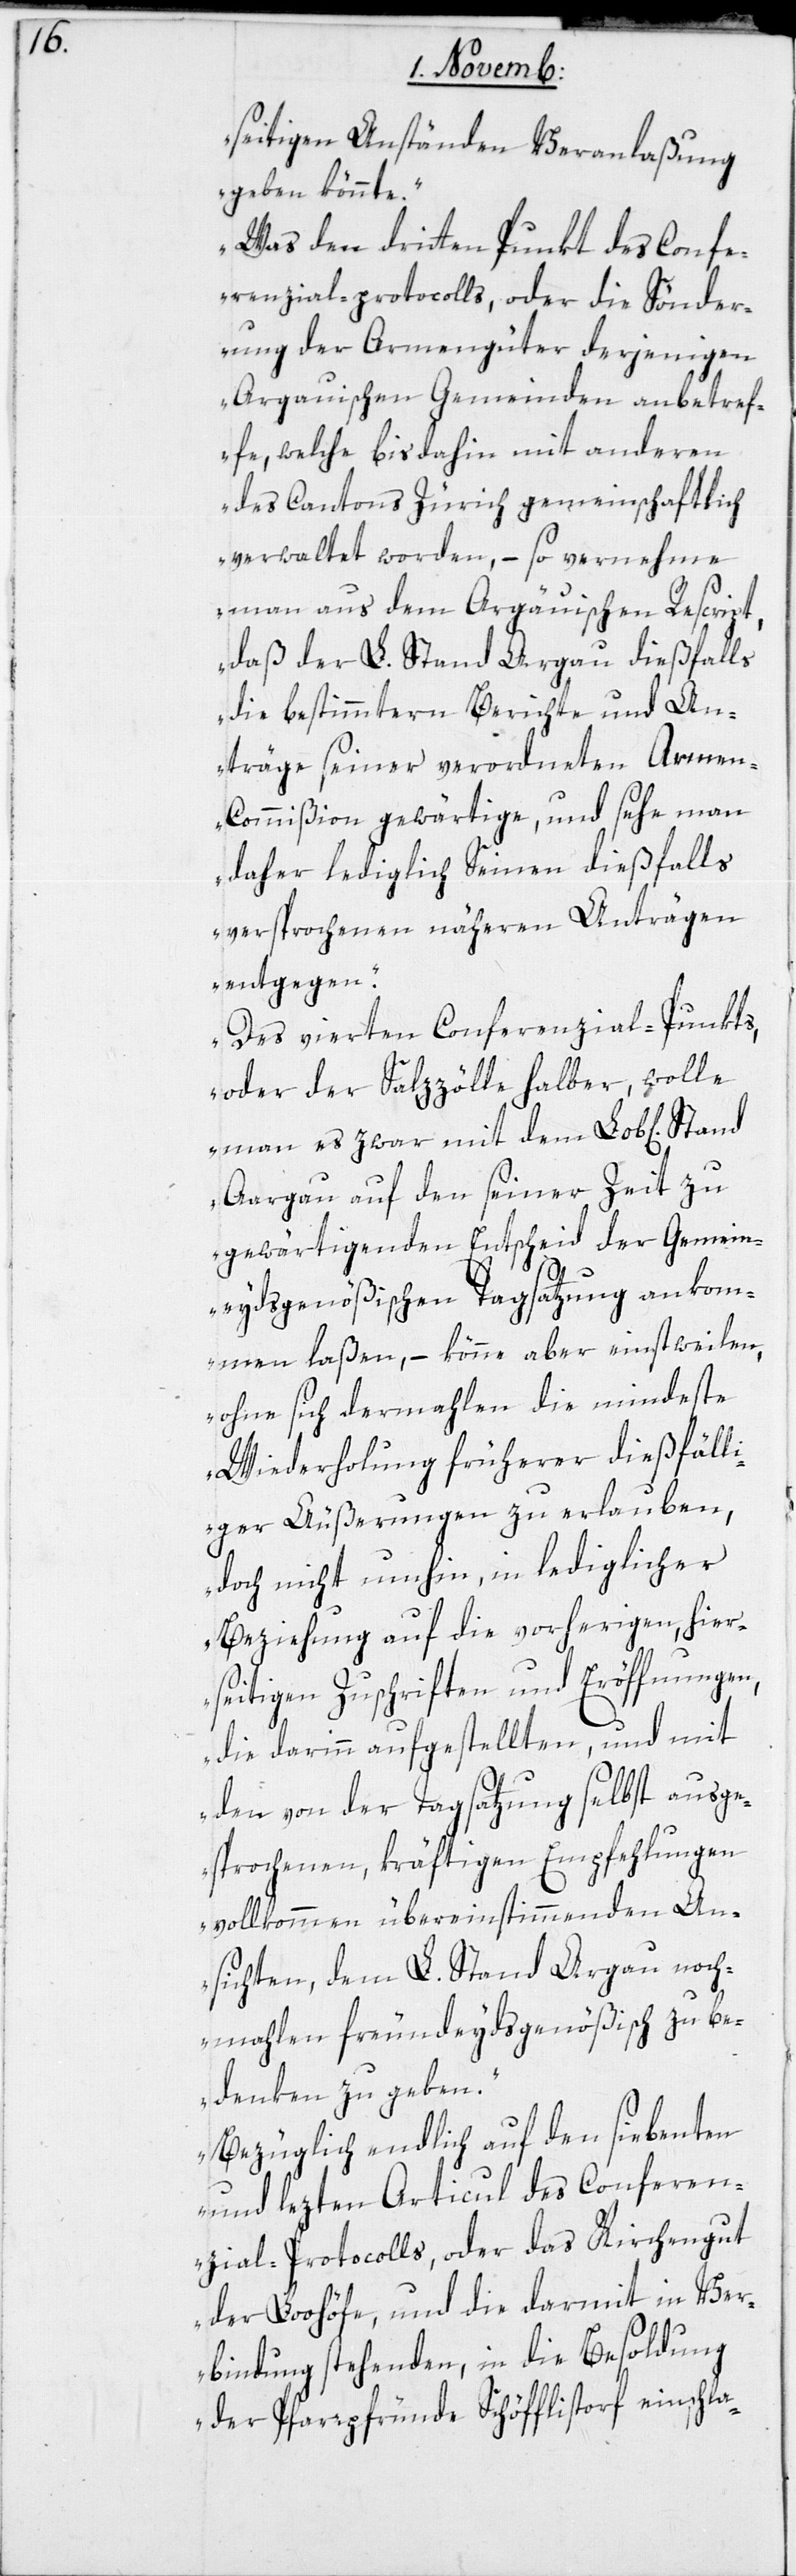
seitigen Anständen Veranlaßung
geben könnte.
Was den dritten Punkt des Confe¬
renzial-protocolls oder die Sönder¬
ung der Armengüter derjenigen
Argauischen Gemeinden anbetref¬
fe, welche bis dahin mit anderen
des Cantons Zürich gemeinschaftlich
verwaltet worden, – so vernehme
man aus dem Argauischen Rescript,
daß der L. Stand Aargau dießfalls
die bestimmtern Berichte und An¬
träge seiner verordneten Arme¬
n-Commißion gewärtige, und sehe man
daher lediglich Seinen dießfalls
versprochenen näheren Anträgen
entgegen.
Des vierten Conferenzial-Punkts,
oder der Salzzölle halber, wolle
man es zwar mit dem Lob[lichen]
Aargau auf den seiner Zeit zu
gewärtigenden Entscheid der Gemein¬
eydsgenößischen Tagsatzung ankom¬
men laßen, – könne aber einstweilen,
ohne sich dermahlen die mindeste
Wiederholung früherer dießfälli¬
ger Äußerungen zu erlauben,
doch nicht umhin, in lediglicher
Beziehung auf die vorherigen, hier¬
seitigen Zuschriften und Eröffnungen,
die darinn aufgestellten und mit
den von der Tagsatzung selbst ausge¬
sprochenen, kräftigen Empfehlungen
vollkommen übereinstimmenden An¬
sichten, dem L. Stand Argau noch¬
malen freundeydsgenößisch zu be¬
denken zu geben.
Bezüglich endlich auf den siebenten
und lezten Articul des Conferen¬
zial-Protocolls, oder das Kirchengut
der Loohöfe, und die darmit in Ver¬
bindung stehenden, in die Besoldung
der Pfarrpfründe Schöfflistorf einschla-